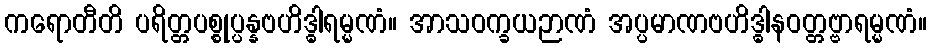
ကရောတီတိ ပရိတ္တပစ္စုပ္ပန္နဗဟိဒ္ဓါရမ္မဏံ။ အာသဝက္ခယဉာဏံ အပ္ပမာဏဗဟိဒ္ဓါနဝတ္တဗ္ဗာရမ္မဏံ။